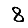
Digit: 8